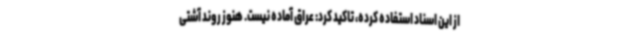
از این اسناد استفاده کرده، تاکید کرد: عراق آماده نیست. هنوز روند آشتی